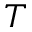
T